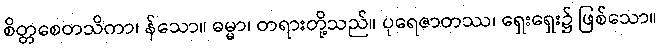
စိတ္တစေတသိကာ၊ န်သော။ ဓမ္မာ၊ တရားတို့သည်။ ပုရေဇာတဿ၊ ရှေးရှေး၌ ဖြစ်သော။